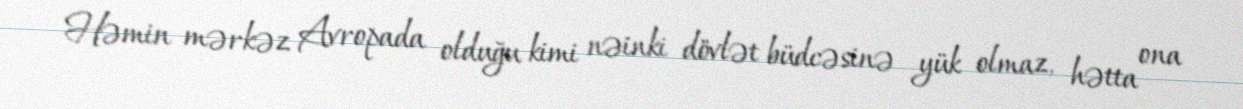
Həmin mərkəz Avropada olduğu kimi nəinki dövlət büdcəsinə yük olmaz, hətta ona